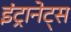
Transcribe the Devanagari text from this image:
इंट्रानेट्स